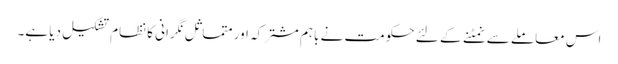
اس معاملے سے نمٹنے کے لئے حکومت نے باہم مشترکہ اور متماثل نگرانی کا نظام تشکیل دیا ہے۔